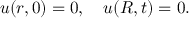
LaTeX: u ( r , 0 ) = 0 , \quad u ( R , t ) = 0 .